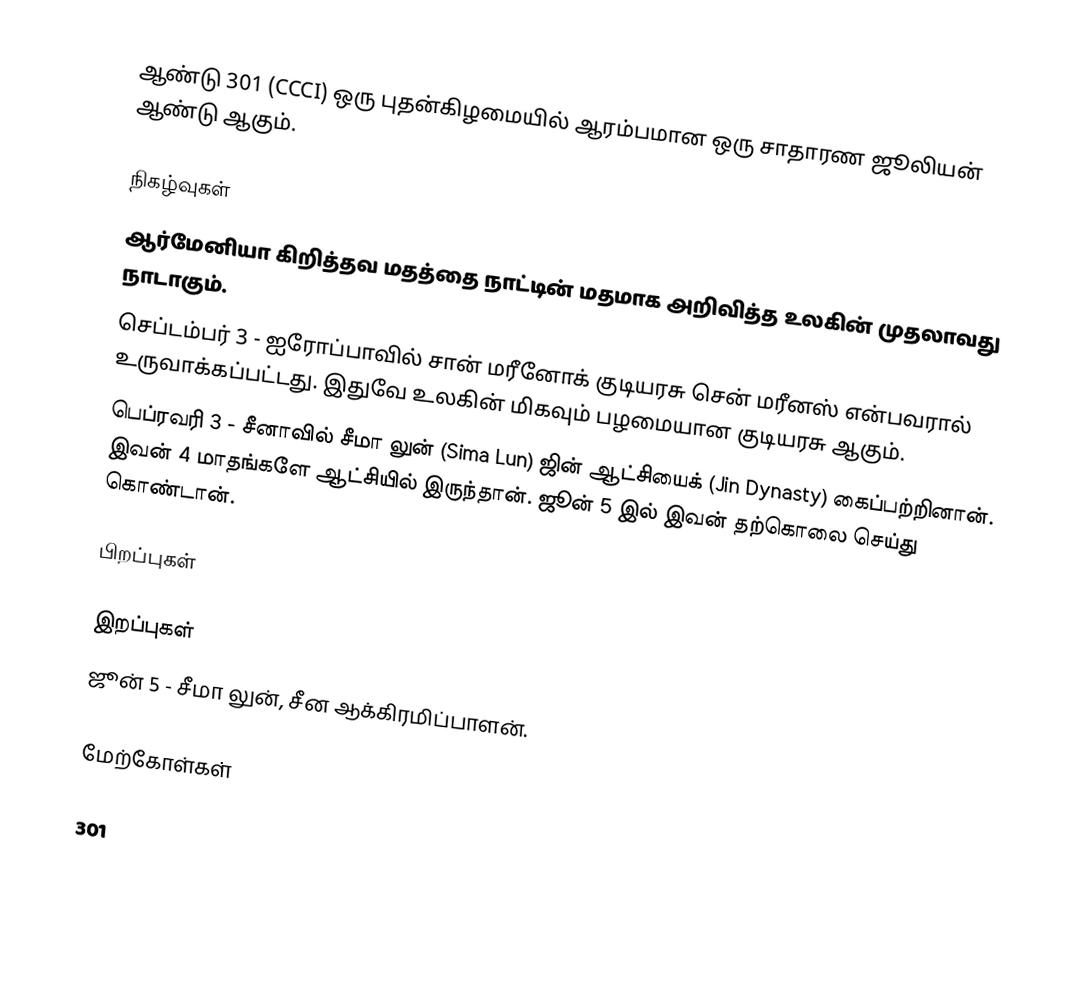
ஆண்டு 301 (CCCI) ஒரு புதன்கிழமையில் ஆரம்பமான ஒரு சாதாரண ஜூலியன் ஆண்டு ஆகும்.

நிகழ்வுகள்
 ஆர்மேனியா கிறித்தவ மதத்தை நாட்டின் மதமாக அறிவித்த உலகின் முதலாவது நாடாகும்.
 செப்டம்பர் 3 - ஐரோப்பாவில் சான் மரீனோக் குடியரசு சென் மரீனஸ் என்பவரால் உருவாக்கப்பட்டது. இதுவே உலகின் மிகவும் பழமையான குடியரசு ஆகும்.
 பெப்ரவரி 3 - சீனாவில் சீமா லுன் (Sima Lun) ஜின் ஆட்சியைக் (Jin Dynasty) கைப்பற்றினான். இவன் 4 மாதங்களே ஆட்சியில் இருந்தான். ஜூன் 5 இல் இவன் தற்கொலை செய்து கொண்டான்.

பிறப்புகள்

இறப்புகள்
 ஜூன் 5 - சீமா லுன், சீன ஆக்கிரமிப்பாளன்.

மேற்கோள்கள்

301